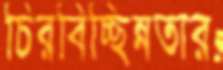
চিরবিচ্ছিন্নতার